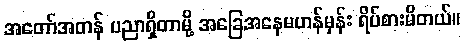
အတော်အတန် ပညာရှိတာမို့ အခြေအနေမဟန်မှန်း ရိပ်စားမိတယ်။